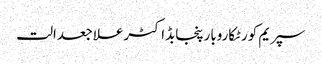
سپریم کورٹکاروبارپنجابڈاکٹرعلاجعدالت